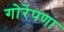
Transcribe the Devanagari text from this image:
गोरेपणा